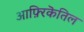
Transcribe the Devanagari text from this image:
आफ़्रिकॆतिल